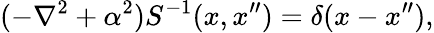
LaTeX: (-\nabla^{2}+\alpha^{2})S^{-1}(x,x^{\prime\prime})=\delta(x-x^{\prime\prime}),